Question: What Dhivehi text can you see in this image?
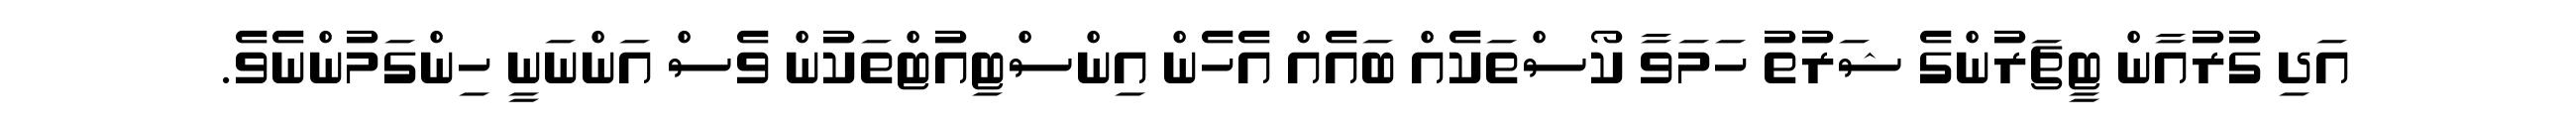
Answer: އަދި ގުރުއާން ޓީޗަރުންގެ ޝަރުތު ހަމަވާ ކޯސްތަކެއް ބައެއް އެހެން އިންސްޓިއުޓްތަކުން ވެސް އަންނަނީ ހިންގަމުންނެވެ.